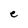
Character: e